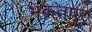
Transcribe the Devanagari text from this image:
भकतपुर